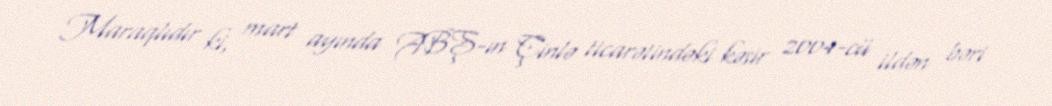
Maraqlıdır ki, mart ayında ABŞ-ın Çinlə ticarətindəki kəsir 2004-cü ildən bəri